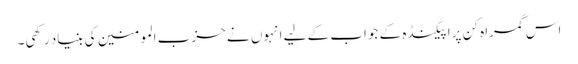
اس گمراہ کن پراپیگنڈہ کے جواب کے لیے انہوں نے حزب المومنین کی بنیاد رکھی۔